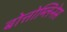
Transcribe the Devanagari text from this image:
बोत्तोम्लिनेस